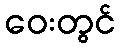
ဝေးတွင်